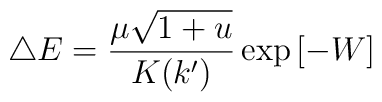
\triangle E =\frac{\mu\sqrt{1+u}}{K(k')}\exp{[-W]}